Annual administration and progress report of the Indian Medical Department, Bombay
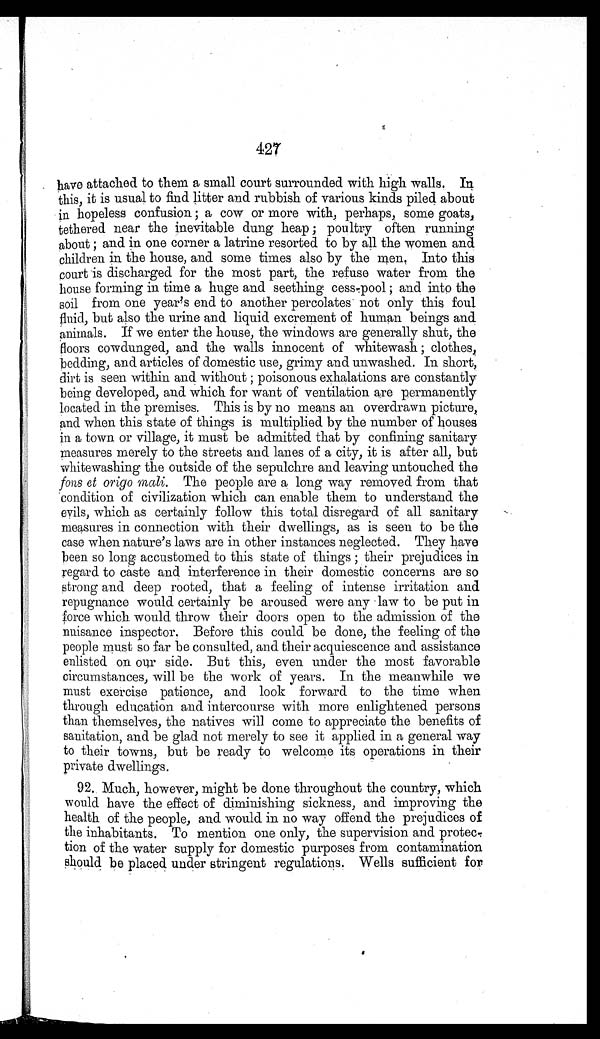
427
have attached to them a small court surrounded with high walls.
I n t h i s , i t i s u s u a l t o f i n d l i t t e r a n d r u b b i s h o f v a r i o u s k i n d s p i l e d a b o u t
in hopeless confusion; a cow or more with, perhaps, some goats,
tethered near the inevitable dung heap; poultry often running
about; and in one corner a latrine resorted to by all the women and
children in the house, and some times also by the men. Into this
court is discharged for the most part, the refuse water from the
house forming in time a huge and seething cess-pool; and into the
soil from one year's end to another percolates not only this foul
fluid, but also the urine and liquid excrement of human beings and
animals. If we enter the house, the windows are generally shut, the
floors cowdunged, and the walls innocent of whitewash; clothes,
bedding, and articles of domestic use, grimy and unwashed. In short,
dirt is seen within and without; poisonous exhalations are constantly
being developed, and which for want of ventilation are permanently
located in the premises. This is by no means an overdrawn picture,
and when this state of things is multiplied by the number of houses
in a town or village, it must be admitted that by confining sanitary
measures merely to the streets and lanes of a city, it is after all, but
whitewashing the outside of the sepulchre and leaving untouched the
fons et origo mali. The people are a long way removed from that
condition of civilization which can enable them to understand the
evils, which as certainly follow this total disregard of all sanitary
measures in connection with their dwellings, as is seen to be the
case when nature's laws are in other instances neglected. They have
been so long accustomed to this state of things; their prejudices in
regard to caste and interference in their domestic concerns are so
strong and deep rooted, that a feeling of intense irritation and
repugnance would certainly be aroused were any law to be put in
force which would throw their doors open to the admission of the
nuisance inspector. Before this could be done, the feeling of the
people must so far be consulted, and their acquiescence and assistance
enlisted on our side. But this, even under the most favorable
circumstances, will be the work of years. In the meanwhile we
must exercise patience, and look forward to the time when
through education and intercourse with more enlightened persons
than themselves, the natives will come to appreciate the benefits of
sanitation, and be glad not merely to see it applied in a general way
to their towns, but be ready to welcome its operations in their
private dwellings.
92. Much, however, might be done throughout the country, which
would have the effect of diminishing sickness, and improving the
health of the people, and would in no way offend the prejudices of
the inhabitants. To mention one only, the supervision and protec
-tion of the water supply for domestic purposes from contamination
should be placed under stringent regulations. Wells sufficient for